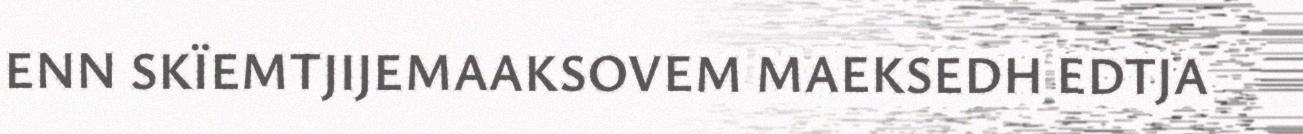
ENN SKÏEMTJIJEMAAKSOVEM MAEKSEDH EDTJA